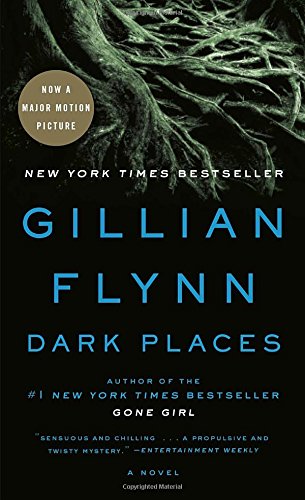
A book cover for Dark Places; Gillian Flynn; Mystery, Thriller & Suspense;